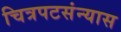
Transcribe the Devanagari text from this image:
चित्रपटसंन्यास